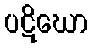
ပဋိဃော